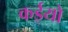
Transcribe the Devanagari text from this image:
कईयो